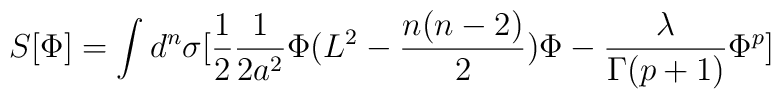
S[\Phi] = \int d^n\sigma\big[\frac{1}{2}\frac{1}{2a^2}\Phi(L^2- \frac{n(n-2)}{2})\Phi - \frac{\lambda}{\Gamma(p+1)}\Phi^p\big]